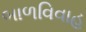
બાળવિવાહ